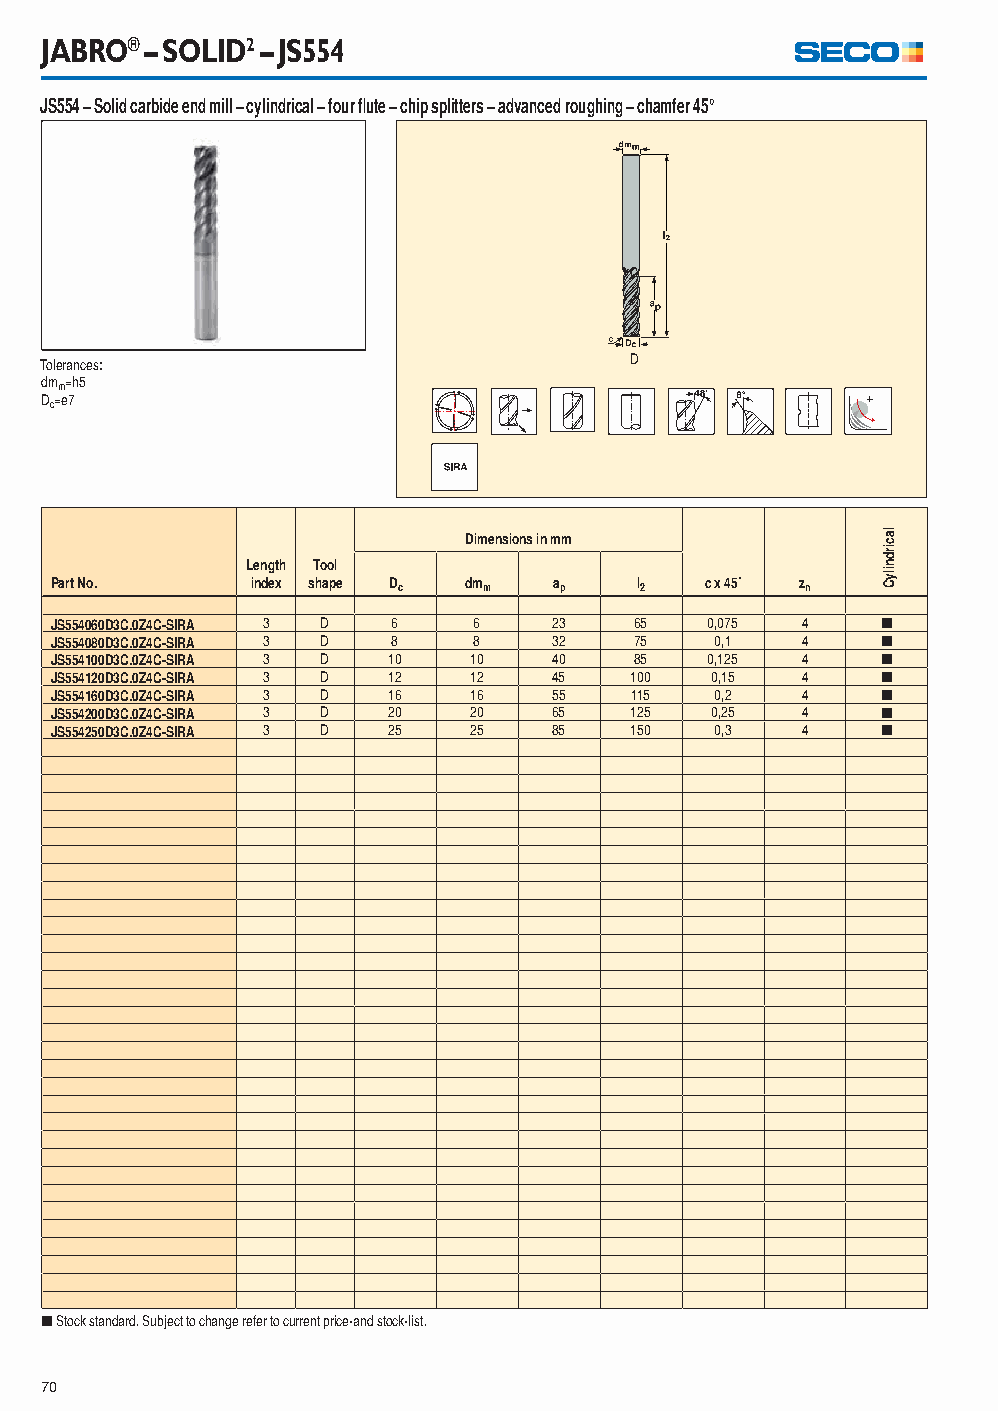
JABRO® – SOLID2 – JS554
 JS554 – Solid carbide end mill – cylindrical – four fl ute – chip splitters – advanced roughing – chamfer 45°
 Tolerances:                            D
 dmm=h5
 Dc=e7
 Dimensions in mm
 Length Tool
 Part No.      index shape Dc dmm  ap   l2   c x 45˚ zn
 JS554060D3C.0Z4C-SIRA 3 D 6 6     23   65   0,075 4    [
 JS554080D3C.0Z4C-SIRA 3 D 8 8     32   75   0,1   4    [
 JS554100D3C.0Z4C-SIRA 3 D 10 10   40   85   0,125 4    [
 JS554120D3C.0Z4C-SIRA 3 D 12 12   45   100  0,15  4    [
 JS554160D3C.0Z4C-SIRA 3 D 16 16   55   115  0,2   4    [
 JS554200D3C.0Z4C-SIRA 3 D 20 20   65   125  0,25  4    [
 JS554250D3C.0Z4C-SIRA 3 D 25 25   85   150  0,3   4    [
 [ Stock standard. Subject to change refer to current price-and stock-list.
 70
 lacirdnilyC